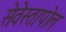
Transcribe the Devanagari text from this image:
सेवेस्तापोल